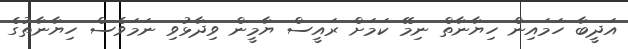
އަދީބާ ހަމައިން ހިޔާނާތް ނިމޭ ކަމަށް ރައީސް ޔާމީން ވިދާޅުވި ނަމަވެސް ހިޔާނާތުގެ